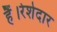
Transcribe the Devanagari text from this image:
हैं।रेशेदार